Vaccination in Burma 1920-1933 - 1920-1933
Year: 1920
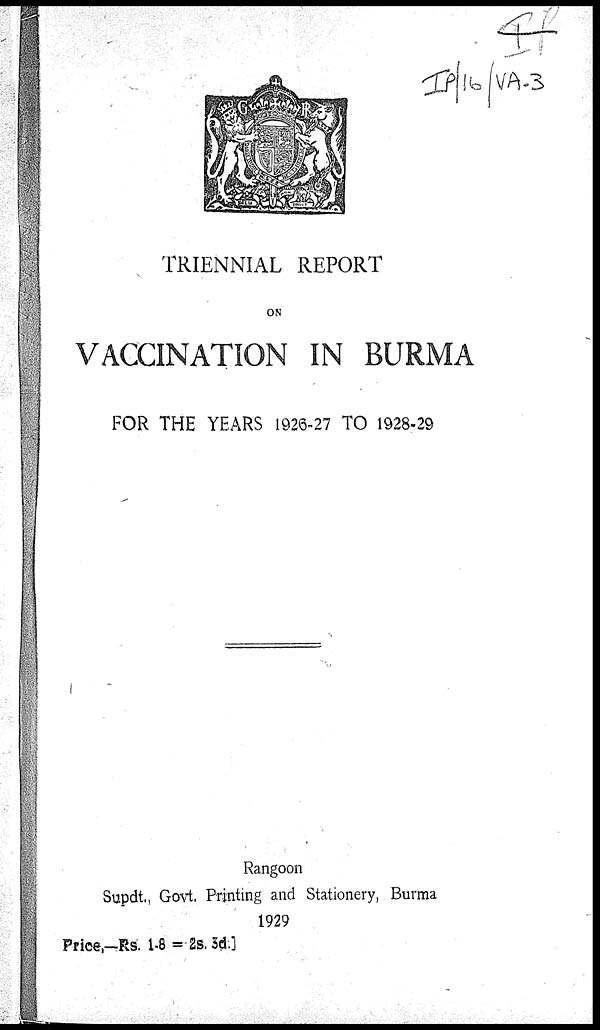
TRIENNIAL REPORT
ON
VACCINATION IN BURMA
FOR THE YEARS 1926-27 TO 1928-29
Rangoon
Supdt., Govt. Printing and Stationery, Burma
1929
Price, -Rs. 1-8 =2s. 3d.]